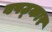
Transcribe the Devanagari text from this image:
वषट्कार